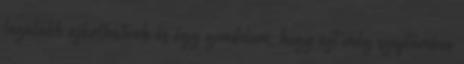
legalább ajánlhatunk és úgy gondolom, hogy ezt még szeptember